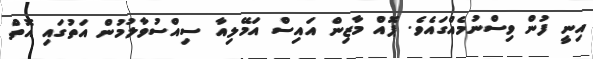
އިނީ ފުން ވިސްނުމެއްގައެވެ. ޕޮއް މާޒިން އައިސް އަމޭލިއާ ސިއްސުވާލުމުން އަތުގައި އޮތް